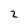
Character: 2